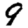
Digit: 9